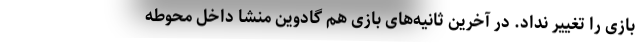
بازی را تغییر نداد. در آخرین ثانیه‌های بازی هم گادوین منشا داخل محوطه